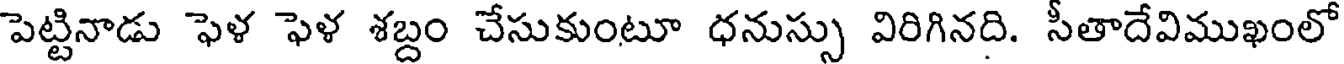
పెట్టినాడు ఫెళ ఫెళ శబ్దం చేసుకుంటూ ధనుస్సు విరిగినది. సీతాదేవిముఖంలో